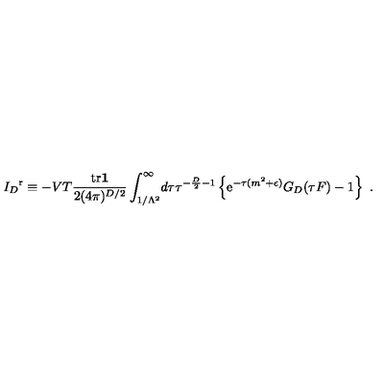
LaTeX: { I _ { D } } ^ { \mathrm r } \equiv - V T { \frac { { \mathrm { t r } } { \bf 1 } } { 2 ( 4 \pi ) ^ { D / 2 } } } \int _ { 1 / \Lambda ^ { 2 } } ^ { \infty } \! d \tau \tau ^ { - { \frac { D } { 2 } } - 1 } \left\{ { \mathrm e } ^ { - \tau ( m ^ { 2 } + \epsilon ) } G _ { D } ( \tau F ) - 1 \right\} \ .